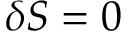
\delta S = 0